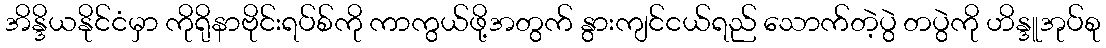
အိန္ဒိယနိုင်ငံမှာ ကိုရိုနာဗိုင်းရပ်စ်ကို ကာကွယ်ဖို့အတွက် နွားကျင်ငယ်ရည် သောက်တဲ့ပွဲ တပွဲကို ဟိန္ဒူအုပ်စု